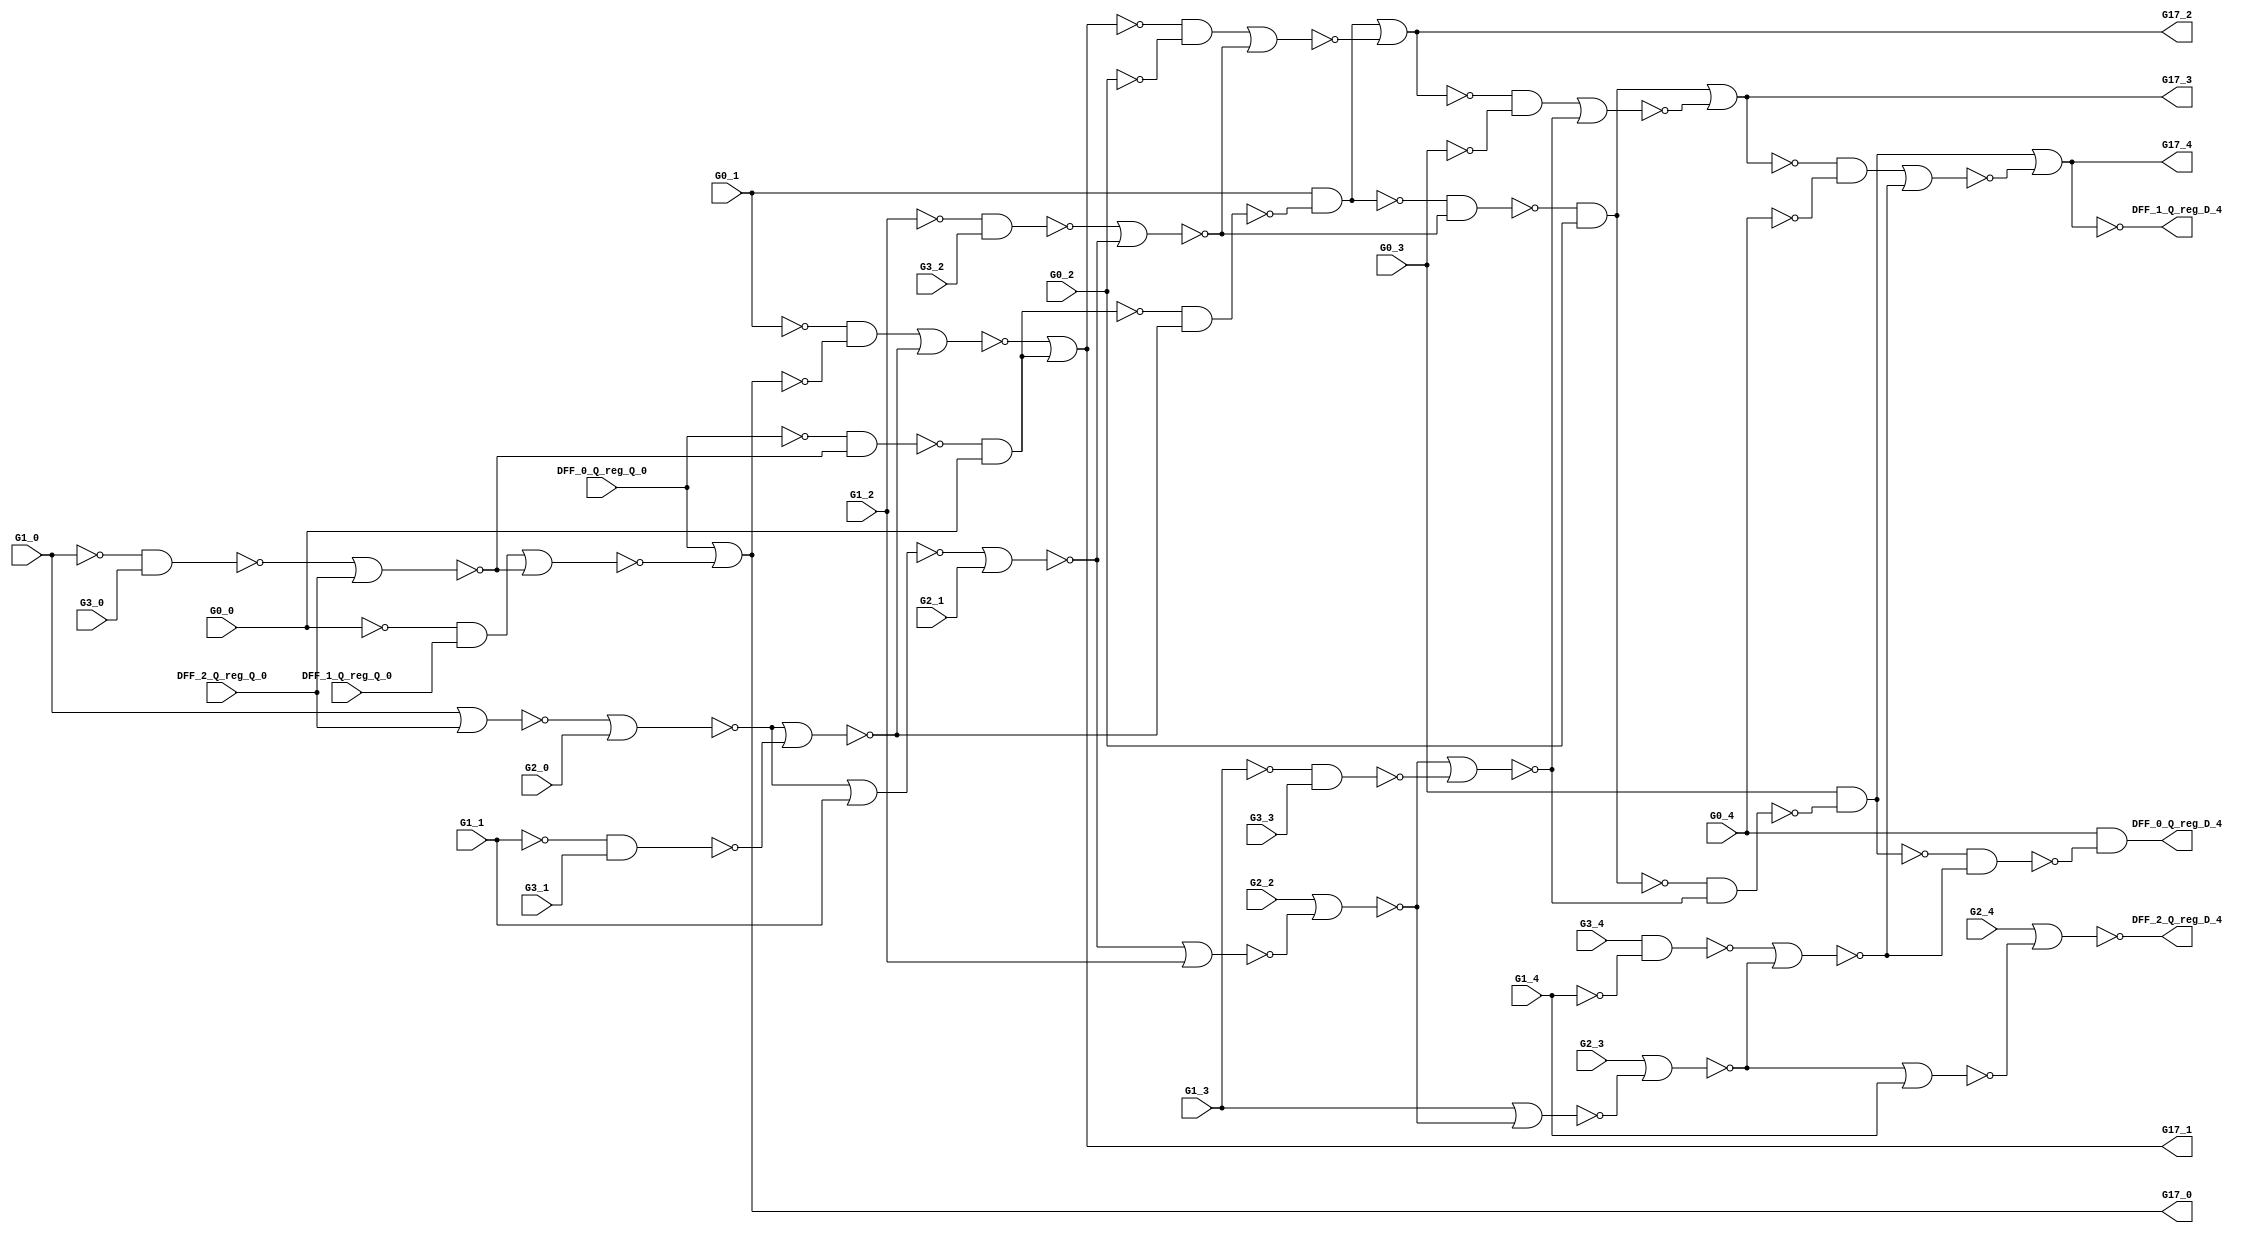
module s27_unrolled_4 (G1_3, G2_4, DFF_1_Q_reg_Q_0, G1_4, G2_2, G3_1, G1_2, G3_0, G0_4, G0_3, G1_0, G3_3, G1_1, G0_2, DFF_2_Q_reg_Q_0, G0_1, G3_4, G3_2, DFF_0_Q_reg_Q_0, G2_0, G2_1, G2_3, G0_0, G17_3, G17_2, DFF_0_Q_reg_D_4, G17_0, DFF_2_Q_reg_D_4, DFF_1_Q_reg_D_4, G17_1, G17_4);
  input G1_3;
  input G2_4;
  input DFF_1_Q_reg_Q_0;
  input G1_4;
  input G2_2;
  input G3_1;
  input G1_2;
  input G3_0;
  input G0_4;
  input G0_3;
  input G1_0;
  input G3_3;
  input G1_1;
  input G0_2;
  input DFF_2_Q_reg_Q_0;
  input G0_1;
  input G3_4;
  input G3_2;
  input DFF_0_Q_reg_Q_0;
  input G2_0;
  input G2_1;
  input G2_3;
  input G0_0;

  output G17_3;
  output G17_2;
  output DFF_0_Q_reg_D_4;
  output G17_0;
  output DFF_2_Q_reg_D_4;
  output DFF_1_Q_reg_D_4;
  output G17_1;
  output G17_4;

  wire G17_3;
  wire unrolled_4_n_8;
  wire unrolled_4_DFF_2_Q_reg_Q;
  wire unrolled_3_DFF_2_Q_reg_D;
  wire unrolled_0_n_12;
  wire DFF_2_Q_reg_D_2;
  wire DFF_1_Q_reg_Q_2;
  wire unrolled_4_G7;
  wire unrolled_3_G6;
  wire unrolled_0_G1;
  wire unrolled_4_n_4;
  wire DFF_0_Q_reg_D_1;
  wire unrolled_3_n_0;
  wire unrolled_4_n_10;
  wire unrolled_0_n_9;
  wire unrolled_4_n_6;
  wire unrolled_1_n_4;
  wire unrolled_4_DFF_0_Q_reg_Q;
  wire unrolled_1_DFF_2_Q_reg_Q;
  wire unrolled_0_DFF_0_Q_reg_D;
  wire unrolled_1_n_5;
  wire unrolled_1_G7;
  wire unrolled_1_n_10;
  wire unrolled_1_DFF_1_Q_reg_Q;
  wire unrolled_0_n_1;
  wire unrolled_0_n_3;
  wire unrolled_0_n_0;
  wire unrolled_0_n_4;
  wire unrolled_3_G7;
  wire unrolled_3_n_2;
  wire unrolled_0_n_6;
  wire unrolled_3_n_6;
  wire DFF_1_Q_reg_D_1;
  wire unrolled_2_n_21;
  wire DFF_0_Q_reg_Q_3;
  wire unrolled_4_G0;
  wire unrolled_0_DFF_2_Q_reg_D;
  wire unrolled_2_G17_driver;
  wire unrolled_4_n_9;
  wire unrolled_4_n_1;
  wire unrolled_0_n_11;
  wire unrolled_4_n_12;
  wire unrolled_1_G2;
  wire unrolled_2_n_6;
  wire unrolled_2_n_5;
  wire unrolled_3_G17_driver;
  wire unrolled_3_G2;
  wire unrolled_2_n_7;
  wire unrolled_4_G5;
  wire unrolled_4_n_2;
  wire unrolled_1_DFF_0_Q_reg_Q;
  wire unrolled_1_n_8;
  wire DFF_2_Q_reg_Q_4;
  wire G17_4;
  wire unrolled_1_n_2;
  wire unrolled_3_DFF_1_Q_reg_D;
  wire DFF_2_Q_reg_D_1;
  wire unrolled_1_n_3;
  wire unrolled_3_DFF_0_Q_reg_D;
  wire unrolled_1_G17_driver;
  wire unrolled_1_G1;
  wire DFF_2_Q_reg_Q_1;
  wire unrolled_1_G3;
  wire DFF_1_Q_reg_D_2;
  wire unrolled_3_G5;
  wire unrolled_4_G17_driver;
  wire unrolled_2_n_0;
  wire unrolled_2_DFF_2_Q_reg_Q;
  wire unrolled_3_n_5;
  wire unrolled_4_n_5;
  wire unrolled_1_n_0;
  wire unrolled_2_G5;
  wire unrolled_3_n_20;
  wire unrolled_2_DFF_2_Q_reg_D;
  wire DFF_2_Q_reg_D_4;
  wire DFF_0_Q_reg_D_0;
  wire DFF_1_Q_reg_D_0;
  wire unrolled_1_DFF_0_Q_reg_D;
  wire DFF_0_Q_reg_D_3;
  wire unrolled_3_n_4;
  wire DFF_2_Q_reg_Q_2;
  wire DFF_1_Q_reg_Q_1;
  wire unrolled_3_DFF_1_Q_reg_Q;
  wire unrolled_0_n_7;
  wire unrolled_2_n_3;
  wire unrolled_2_n_8;
  wire unrolled_0_G7;
  wire unrolled_4_G3;
  wire unrolled_2_n_1;
  wire unrolled_2_DFF_1_Q_reg_Q;
  wire unrolled_2_G2;
  wire unrolled_1_n_20;
  wire unrolled_1_G0;
  wire unrolled_4_n_0;
  wire unrolled_0_n_5;
  wire unrolled_4_G6;
  wire unrolled_0_n_10;
  wire unrolled_1_n_12;
  wire unrolled_3_n_21;
  wire unrolled_1_n_11;
  wire unrolled_3_n_12;
  wire unrolled_0_G17_driver;
  wire unrolled_2_G0;
  wire unrolled_2_G1;
  wire unrolled_4_G1;
  wire DFF_1_Q_reg_D_4;
  wire G17_1;
  wire DFF_1_Q_reg_Q_4;
  wire unrolled_2_n_2;
  wire unrolled_2_n_12;
  wire unrolled_1_n_7;
  wire DFF_2_Q_reg_D_0;
  wire unrolled_2_G7;
  wire unrolled_2_G3;
  wire unrolled_4_n_7;
  wire unrolled_0_G3;
  wire unrolled_2_n_10;
  wire unrolled_0_DFF_0_Q_reg_Q;
  wire unrolled_1_G6;
  wire unrolled_0_DFF_2_Q_reg_Q;
  wire DFF_0_Q_reg_D_4;
  wire G17_0;
  wire DFF_0_Q_reg_D_2;
  wire unrolled_2_n_9;
  wire unrolled_4_n_3;
  wire unrolled_0_G5;
  wire DFF_0_Q_reg_Q_1;
  wire unrolled_1_n_6;
  wire unrolled_0_DFF_1_Q_reg_D;
  wire unrolled_0_G2;
  wire unrolled_0_DFF_1_Q_reg_Q;
  wire unrolled_2_n_20;
  wire unrolled_3_G0;
  wire unrolled_1_DFF_2_Q_reg_D;
  wire DFF_0_Q_reg_Q_2;
  wire unrolled_1_n_1;
  wire unrolled_4_n_20;
  wire DFF_1_Q_reg_D_3;
  wire unrolled_3_n_7;
  wire unrolled_3_n_3;
  wire unrolled_0_G0;
  wire unrolled_4_n_11;
  wire DFF_2_Q_reg_D_3;
  wire unrolled_3_DFF_0_Q_reg_Q;
  wire unrolled_0_n_21;
  wire unrolled_2_n_11;
  wire unrolled_3_n_1;
  wire unrolled_4_DFF_1_Q_reg_Q;
  wire unrolled_3_n_11;
  wire unrolled_0_n_20;
  wire unrolled_2_DFF_0_Q_reg_D;
  wire DFF_0_Q_reg_Q_4;
  wire DFF_1_Q_reg_Q_3;
  wire unrolled_3_n_9;
  wire unrolled_3_DFF_2_Q_reg_Q;
  wire unrolled_3_n_10;
  wire unrolled_2_DFF_1_Q_reg_D;
  wire unrolled_2_DFF_0_Q_reg_Q;
  wire unrolled_1_DFF_1_Q_reg_D;
  wire unrolled_0_n_2;
  wire DFF_2_Q_reg_Q_3;
  wire unrolled_0_n_8;
  wire unrolled_3_G1;
  wire unrolled_4_G2;
  wire unrolled_2_n_4;
  wire unrolled_3_G3;
  wire G17_2;
  wire unrolled_3_n_8;
  wire unrolled_1_G5;
  wire unrolled_4_n_21;
  wire unrolled_1_n_21;
  wire unrolled_2_G6;
  wire unrolled_0_G6;
  wire unrolled_1_n_9;

  buf g_0 (G17_3, unrolled_3_G17_driver);
  nor g_1 (unrolled_4_n_8, unrolled_4_n_4, unrolled_4_G7);
  buf g_2 (unrolled_4_DFF_2_Q_reg_Q, DFF_2_Q_reg_Q_4);
  buf g_3 (unrolled_3_DFF_2_Q_reg_D, unrolled_3_n_6);
  not g_4 (unrolled_0_n_12, unrolled_0_n_11);
  buf g_5 (DFF_2_Q_reg_D_2, unrolled_2_DFF_2_Q_reg_D);
  buf g_6 (DFF_1_Q_reg_Q_2, DFF_1_Q_reg_D_1);
  buf g_7 (unrolled_4_G7, unrolled_4_DFF_2_Q_reg_Q);
  buf g_8 (unrolled_3_G6, unrolled_3_DFF_1_Q_reg_Q);
  buf g_9 (unrolled_0_G1, G1_0);
  nand g_10 (unrolled_4_n_4, unrolled_4_G3, unrolled_4_n_0);
  buf g_11 (DFF_0_Q_reg_D_1, unrolled_1_DFF_0_Q_reg_D);
  not g_12 (unrolled_3_n_0, unrolled_3_G1);
  nor g_13 (unrolled_4_n_10, unrolled_4_n_7, unrolled_4_n_8);
  nand g_14 (unrolled_0_n_9, unrolled_0_n_1, unrolled_0_n_8);
  nor g_15 (unrolled_4_n_6, unrolled_4_G2, unrolled_4_n_3);
  nand g_16 (unrolled_1_n_4, unrolled_1_n_0, unrolled_1_G3);
  buf g_17 (unrolled_4_DFF_0_Q_reg_Q, DFF_0_Q_reg_Q_4);
  buf g_18 (unrolled_1_DFF_2_Q_reg_Q, DFF_2_Q_reg_Q_1);
  buf g_19 (unrolled_0_DFF_0_Q_reg_D, unrolled_0_n_12);
  nand g_20 (unrolled_1_n_5, unrolled_1_n_2, unrolled_1_G6);
  buf g_21 (unrolled_1_G7, unrolled_1_DFF_2_Q_reg_Q);
  nor g_22 (unrolled_1_n_10, unrolled_1_n_7, unrolled_1_n_8);
  buf g_23 (unrolled_1_DFF_1_Q_reg_Q, DFF_1_Q_reg_Q_1);
  not g_24 (unrolled_0_n_1, unrolled_0_G5);
  nor g_25 (unrolled_0_n_3, unrolled_0_G1, unrolled_0_G7);
  not g_26 (unrolled_0_n_0, unrolled_0_G1);
  nand g_27 (unrolled_0_n_4, unrolled_0_n_0, unrolled_0_G3);
  buf g_28 (unrolled_3_G7, unrolled_3_DFF_2_Q_reg_Q);
  not g_29 (unrolled_3_n_2, unrolled_3_G0);
  nor g_30 (unrolled_0_n_6, unrolled_0_n_3, unrolled_0_G2);
  nor g_31 (unrolled_3_n_6, unrolled_3_G2, unrolled_3_n_3);
  buf g_32 (DFF_1_Q_reg_D_1, unrolled_1_DFF_1_Q_reg_D);
  nor g_33 (unrolled_2_n_21, unrolled_2_G5, unrolled_2_n_10);
  buf g_34 (DFF_0_Q_reg_Q_3, DFF_0_Q_reg_D_2);
  buf g_35 (unrolled_4_G0, G0_4);
  buf g_36 (unrolled_0_DFF_2_Q_reg_D, unrolled_0_n_6);
  not g_37 (unrolled_2_G17_driver, unrolled_2_n_20);
  nand g_38 (unrolled_4_n_9, unrolled_4_n_1, unrolled_4_n_8);
  not g_39 (unrolled_4_n_1, unrolled_4_G5);
  nand g_40 (unrolled_0_n_11, unrolled_0_n_9, unrolled_0_G0);
  not g_41 (unrolled_4_n_12, unrolled_4_n_11);
  buf g_42 (unrolled_1_G2, G2_1);
  nor g_43 (unrolled_2_n_6, unrolled_2_G2, unrolled_2_n_3);
  nand g_44 (unrolled_2_n_5, unrolled_2_G6, unrolled_2_n_2);
  not g_45 (unrolled_3_G17_driver, unrolled_3_n_20);
  buf g_46 (unrolled_3_G2, G2_3);
  not g_47 (unrolled_2_n_7, unrolled_2_n_5);
  buf g_48 (unrolled_4_G5, unrolled_4_DFF_0_Q_reg_Q);
  not g_49 (unrolled_4_n_2, unrolled_4_G0);
  buf g_50 (unrolled_1_DFF_0_Q_reg_Q, DFF_0_Q_reg_Q_1);
  nor g_51 (unrolled_1_n_8, unrolled_1_G7, unrolled_1_n_4);
  buf g_52 (DFF_2_Q_reg_Q_4, DFF_2_Q_reg_D_3);
  buf g_53 (G17_4, unrolled_4_G17_driver);
  not g_54 (unrolled_1_n_2, unrolled_1_G0);
  buf g_55 (unrolled_3_DFF_1_Q_reg_D, unrolled_3_n_21);
  buf g_56 (DFF_2_Q_reg_D_1, unrolled_1_DFF_2_Q_reg_D);
  nor g_57 (unrolled_1_n_3, unrolled_1_G7, unrolled_1_G1);
  buf g_58 (unrolled_3_DFF_0_Q_reg_D, unrolled_3_n_12);
  not g_59 (unrolled_1_G17_driver, unrolled_1_n_20);
  buf g_60 (unrolled_1_G1, G1_1);
  buf g_61 (DFF_2_Q_reg_Q_1, DFF_2_Q_reg_D_0);
  buf g_62 (unrolled_1_G3, G3_1);
  buf g_63 (DFF_1_Q_reg_D_2, unrolled_2_DFF_1_Q_reg_D);
  buf g_64 (unrolled_3_G5, unrolled_3_DFF_0_Q_reg_Q);
  not g_65 (unrolled_4_G17_driver, unrolled_4_n_20);
  not g_66 (unrolled_2_n_0, unrolled_2_G1);
  buf g_67 (unrolled_2_DFF_2_Q_reg_Q, DFF_2_Q_reg_Q_2);
  nand g_68 (unrolled_3_n_5, unrolled_3_G6, unrolled_3_n_2);
  nand g_69 (unrolled_4_n_5, unrolled_4_G6, unrolled_4_n_2);
  not g_70 (unrolled_1_n_0, unrolled_1_G1);
  buf g_71 (unrolled_2_G5, unrolled_2_DFF_0_Q_reg_Q);
  nor g_72 (unrolled_3_n_20, unrolled_3_G5, unrolled_3_n_10);
  buf g_73 (unrolled_2_DFF_2_Q_reg_D, unrolled_2_n_6);
  buf g_74 (DFF_2_Q_reg_D_4, unrolled_4_n_6);
  buf g_75 (DFF_0_Q_reg_D_0, unrolled_0_DFF_0_Q_reg_D);
  buf g_76 (DFF_1_Q_reg_D_0, unrolled_0_DFF_1_Q_reg_D);
  buf g_77 (unrolled_1_DFF_0_Q_reg_D, unrolled_1_n_12);
  buf g_78 (DFF_0_Q_reg_D_3, unrolled_3_DFF_0_Q_reg_D);
  nand g_79 (unrolled_3_n_4, unrolled_3_n_0, unrolled_3_G3);
  buf g_80 (DFF_2_Q_reg_Q_2, DFF_2_Q_reg_D_1);
  buf g_81 (DFF_1_Q_reg_Q_1, DFF_1_Q_reg_D_0);
  buf g_82 (unrolled_3_DFF_1_Q_reg_Q, DFF_1_Q_reg_Q_3);
  not g_83 (unrolled_0_n_7, unrolled_0_n_5);
  nor g_84 (unrolled_2_n_3, unrolled_2_G7, unrolled_2_G1);
  nor g_85 (unrolled_2_n_8, unrolled_2_n_4, unrolled_2_G7);
  buf g_86 (unrolled_0_G7, unrolled_0_DFF_2_Q_reg_Q);
  buf g_87 (unrolled_4_G3, G3_4);
  not g_88 (unrolled_2_n_1, unrolled_2_G5);
  buf g_89 (unrolled_2_DFF_1_Q_reg_Q, DFF_1_Q_reg_Q_2);
  buf g_90 (unrolled_2_G2, G2_2);
  nor g_91 (unrolled_1_n_20, unrolled_1_n_10, unrolled_1_G5);
  buf g_92 (unrolled_1_G0, G0_1);
  not g_93 (unrolled_4_n_0, unrolled_4_G1);
  nand g_94 (unrolled_0_n_5, unrolled_0_n_2, unrolled_0_G6);
  buf g_95 (unrolled_4_G6, unrolled_4_DFF_1_Q_reg_Q);
  nor g_96 (unrolled_0_n_10, unrolled_0_n_7, unrolled_0_n_8);
  not g_97 (unrolled_1_n_12, unrolled_1_n_11);
  nor g_98 (unrolled_3_n_21, unrolled_3_G5, unrolled_3_n_10);
  nand g_99 (unrolled_1_n_11, unrolled_1_G0, unrolled_1_n_9);
  not g_100 (unrolled_3_n_12, unrolled_3_n_11);
  not g_101 (unrolled_0_G17_driver, unrolled_0_n_20);
  buf g_102 (unrolled_2_G0, G0_2);
  buf g_103 (unrolled_2_G1, G1_2);
  buf g_104 (unrolled_4_G1, G1_4);
  buf g_105 (DFF_1_Q_reg_D_4, unrolled_4_n_21);
  buf g_106 (G17_1, unrolled_1_G17_driver);
  buf g_107 (DFF_1_Q_reg_Q_4, DFF_1_Q_reg_D_3);
  not g_108 (unrolled_2_n_2, unrolled_2_G0);
  not g_109 (unrolled_2_n_12, unrolled_2_n_11);
  not g_110 (unrolled_1_n_7, unrolled_1_n_5);
  buf g_111 (DFF_2_Q_reg_D_0, unrolled_0_DFF_2_Q_reg_D);
  buf g_112 (unrolled_2_G7, unrolled_2_DFF_2_Q_reg_Q);
  buf g_113 (unrolled_2_G3, G3_2);
  not g_114 (unrolled_4_n_7, unrolled_4_n_5);
  buf g_115 (unrolled_0_G3, G3_0);
  nor g_116 (unrolled_2_n_10, unrolled_2_n_7, unrolled_2_n_8);
  buf g_117 (unrolled_0_DFF_0_Q_reg_Q, DFF_0_Q_reg_Q_0);
  buf g_118 (unrolled_1_G6, unrolled_1_DFF_1_Q_reg_Q);
  buf g_119 (unrolled_0_DFF_2_Q_reg_Q, DFF_2_Q_reg_Q_0);
  buf g_120 (DFF_0_Q_reg_D_4, unrolled_4_n_12);
  buf g_121 (G17_0, unrolled_0_G17_driver);
  buf g_122 (DFF_0_Q_reg_D_2, unrolled_2_DFF_0_Q_reg_D);
  nand g_123 (unrolled_2_n_9, unrolled_2_n_1, unrolled_2_n_8);
  nor g_124 (unrolled_4_n_3, unrolled_4_G7, unrolled_4_G1);
  buf g_125 (unrolled_0_G5, unrolled_0_DFF_0_Q_reg_Q);
  buf g_126 (DFF_0_Q_reg_Q_1, DFF_0_Q_reg_D_0);
  nor g_127 (unrolled_1_n_6, unrolled_1_n_3, unrolled_1_G2);
  buf g_128 (unrolled_0_DFF_1_Q_reg_D, unrolled_0_n_21);
  buf g_129 (unrolled_0_G2, G2_0);
  buf g_130 (unrolled_0_DFF_1_Q_reg_Q, DFF_1_Q_reg_Q_0);
  nor g_131 (unrolled_2_n_20, unrolled_2_G5, unrolled_2_n_10);
  buf g_132 (unrolled_3_G0, G0_3);
  buf g_133 (unrolled_1_DFF_2_Q_reg_D, unrolled_1_n_6);
  buf g_134 (DFF_0_Q_reg_Q_2, DFF_0_Q_reg_D_1);
  not g_135 (unrolled_1_n_1, unrolled_1_G5);
  nor g_136 (unrolled_4_n_20, unrolled_4_G5, unrolled_4_n_10);
  buf g_137 (DFF_1_Q_reg_D_3, unrolled_3_DFF_1_Q_reg_D);
  not g_138 (unrolled_3_n_7, unrolled_3_n_5);
  nor g_139 (unrolled_3_n_3, unrolled_3_G1, unrolled_3_G7);
  buf g_140 (unrolled_0_G0, G0_0);
  nand g_141 (unrolled_4_n_11, unrolled_4_G0, unrolled_4_n_9);
  buf g_142 (DFF_2_Q_reg_D_3, unrolled_3_DFF_2_Q_reg_D);
  buf g_143 (unrolled_3_DFF_0_Q_reg_Q, DFF_0_Q_reg_Q_3);
  nor g_144 (unrolled_0_n_21, unrolled_0_G5, unrolled_0_n_10);
  nand g_145 (unrolled_2_n_11, unrolled_2_n_9, unrolled_2_G0);
  not g_146 (unrolled_3_n_1, unrolled_3_G5);
  buf g_147 (unrolled_4_DFF_1_Q_reg_Q, DFF_1_Q_reg_Q_4);
  nand g_148 (unrolled_3_n_11, unrolled_3_G0, unrolled_3_n_9);
  nor g_149 (unrolled_0_n_20, unrolled_0_G5, unrolled_0_n_10);
  buf g_150 (unrolled_2_DFF_0_Q_reg_D, unrolled_2_n_12);
  buf g_151 (DFF_0_Q_reg_Q_4, DFF_0_Q_reg_D_3);
  buf g_152 (DFF_1_Q_reg_Q_3, DFF_1_Q_reg_D_2);
  nand g_153 (unrolled_3_n_9, unrolled_3_n_1, unrolled_3_n_8);
  buf g_154 (unrolled_3_DFF_2_Q_reg_Q, DFF_2_Q_reg_Q_3);
  nor g_155 (unrolled_3_n_10, unrolled_3_n_7, unrolled_3_n_8);
  buf g_156 (unrolled_2_DFF_1_Q_reg_D, unrolled_2_n_21);
  buf g_157 (unrolled_2_DFF_0_Q_reg_Q, DFF_0_Q_reg_Q_2);
  buf g_158 (unrolled_1_DFF_1_Q_reg_D, unrolled_1_n_21);
  not g_159 (unrolled_0_n_2, unrolled_0_G0);
  buf g_160 (DFF_2_Q_reg_Q_3, DFF_2_Q_reg_D_2);
  nor g_161 (unrolled_0_n_8, unrolled_0_n_4, unrolled_0_G7);
  buf g_162 (unrolled_3_G1, G1_3);
  buf g_163 (unrolled_4_G2, G2_4);
  nand g_164 (unrolled_2_n_4, unrolled_2_n_0, unrolled_2_G3);
  buf g_165 (unrolled_3_G3, G3_3);
  buf g_166 (G17_2, unrolled_2_G17_driver);
  nor g_167 (unrolled_3_n_8, unrolled_3_G7, unrolled_3_n_4);
  buf g_168 (unrolled_1_G5, unrolled_1_DFF_0_Q_reg_Q);
  nor g_169 (unrolled_4_n_21, unrolled_4_G5, unrolled_4_n_10);
  nor g_170 (unrolled_1_n_21, unrolled_1_n_10, unrolled_1_G5);
  buf g_171 (unrolled_2_G6, unrolled_2_DFF_1_Q_reg_Q);
  buf g_172 (unrolled_0_G6, unrolled_0_DFF_1_Q_reg_Q);
  nand g_173 (unrolled_1_n_9, unrolled_1_n_1, unrolled_1_n_8);
endmodule